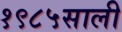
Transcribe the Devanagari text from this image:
१९८५साली